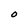
Character: O